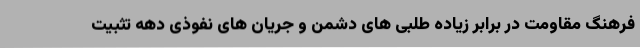
فرهنگ مقاومت در برابر زیاده طلبی های دشمن و جریان های نفوذی دهه تثبیت